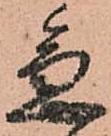
急